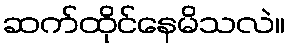
ဆက်ထိုင်နေမိသလဲ။